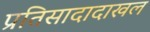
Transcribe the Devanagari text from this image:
प्रतिसादादाखल